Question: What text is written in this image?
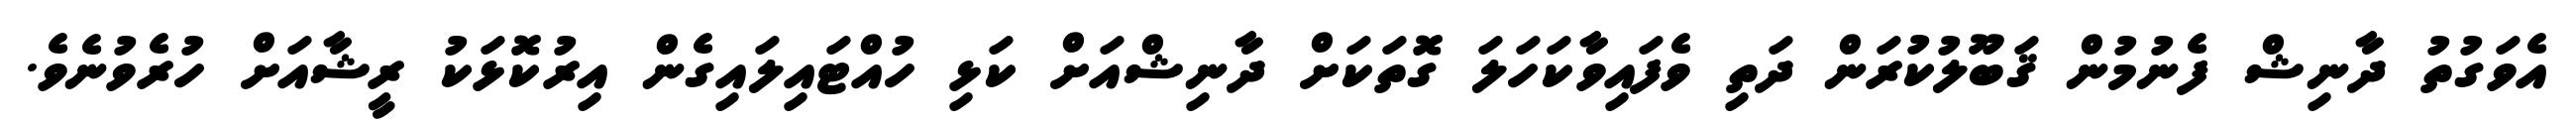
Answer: އެވަގުތު ދާނިޝް ފެނުމުން ޤަބޫލުކުރަން ދަތި ވެފައިވާކަހަލަ ގޮތަކަށް ދާނިޝްއަށް ކަޅި ހުއްޓައިލައިގެން އިރުކޮޅަކު ރީޝާއަށް ހުރެވުނެވެ.